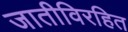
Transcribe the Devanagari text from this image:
जातीविरहित